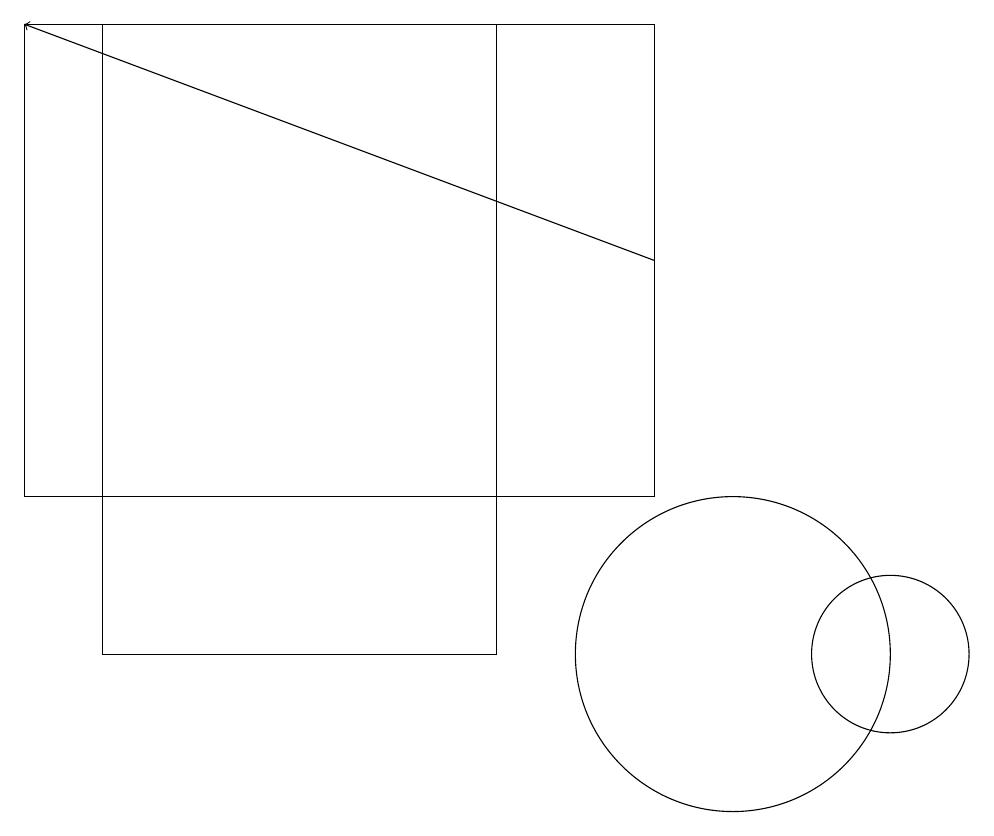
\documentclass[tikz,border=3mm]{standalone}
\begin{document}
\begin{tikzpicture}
\draw (2,10) rectangle (7,18);
\draw[->] (9,15) -- (1,18);
\draw (1,18) rectangle (9,12);
\draw (10,10) circle (2);
\draw (12,10) circle (1);
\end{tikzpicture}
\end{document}